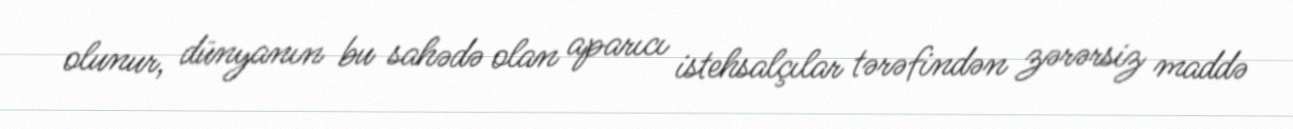
olunur, dünyanın bu sahədə olan aparıcı istehsalçılar tərəfindən zərərsiz maddə